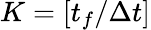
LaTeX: K=[t_{f}/\Delta t]